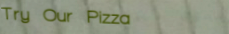
Try Our Pizza